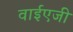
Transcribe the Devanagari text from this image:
वाईएजी